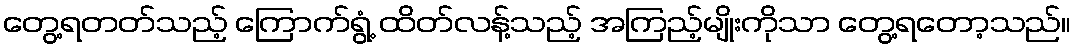
တွေ့ရတတ်သည့် ကြောက်ရွံ့ ထိတ်လန့်သည့် အကြည့်မျိုးကိုသာ တွေ့ရတော့သည်။